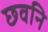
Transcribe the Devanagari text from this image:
छवनि